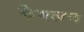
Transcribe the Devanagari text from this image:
कैमलन